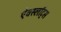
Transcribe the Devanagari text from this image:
ऐक्स्लॉट्स